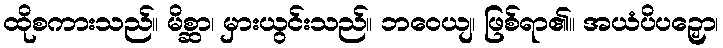
ထိုစကားသည်။ မိစ္ဆာ၊ မှားယွင်းသည်။ ဘဝေယျ၊ ဖြစ်ရာ၏။ အယံပိပဉှော၊